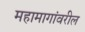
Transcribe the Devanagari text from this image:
महामागांवरील